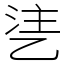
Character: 乼